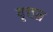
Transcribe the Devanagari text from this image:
वृत्तत